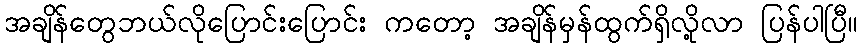
အချိန်တွေဘယ်လိုပြောင်းပြောင်း ကတော့ အချိန်မှန်ထွက်ရှိလို့လာ ပြန်ပါပြီ။